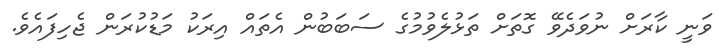
ވަނީ ކާރަށް ނުވަދެވޭ ގޮތަށް ތަޅުލެވުމުގެ ސަބަބުން އެތައް އިރަކު މަޑުކުރަން ޖެހިފައެވެ.